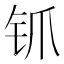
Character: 𬬲